Report of cholera committee
Disease focus: Cholera
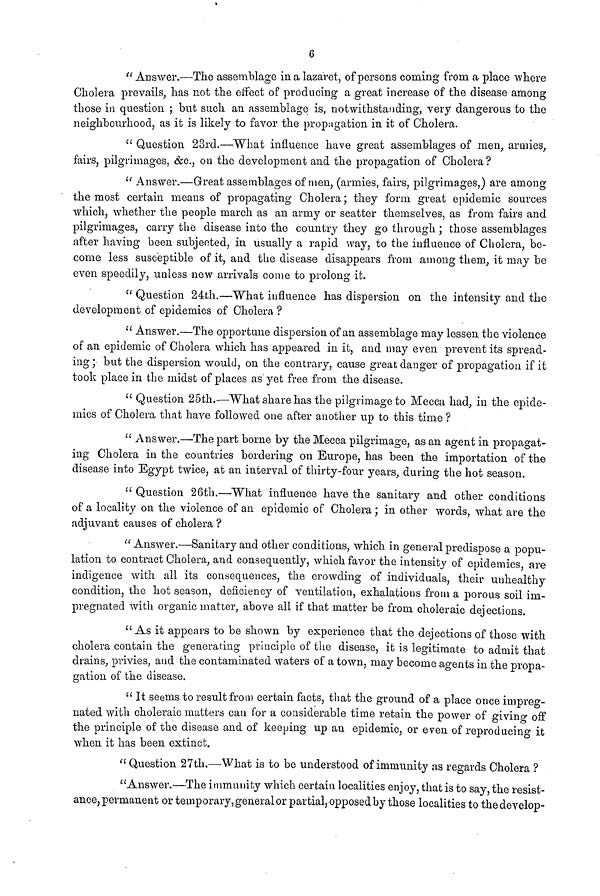
6
" Answer.—The assemblage in a lazaret, of persons coming from a place where
Cholera prevails, has not the effect of producing a great increase of the disease among
those in question ; but such an assemblage is, notwithstanding, very dangerous to the
neighbourhood, as it is likely to favor the propagation in it of Cholera.
" Question 23rd.—What influence have great assemblages of men, armies,
fairs, pilgrimages, &c, on the development and the propagation of Cholera ?
" Answer.—Great assemblages of men, (armies, fairs, pilgrimages,) are among
the most certain means of propagating Cholera ; they form great epidemic sources
which, whether the people march as an army or scatter themselves, as from fairs and
pilgrimages, carry the disease into the country they go through ; those assemblages
after having been subjected, in usually a rapid way, to the influence of Cholera, be-
come less susceptible of it, and the disease disappears from among them, it may be
even speedily, unless new arrivals come to prolong it.
" Question 24th.—What influence has dispersion on the intensity and the
development of epidemics of Cholera ?
" Answer.—The opportune dispersion of an assemblage may lessen the violence
of an epidemic of Cholera which has appeared in it, and may even prevent its spread-
ing ; but the dispersion would, on the contrary, cause great danger of propagation if it
took place in the midst of places as yet free from the disease.
" Question 25th.—What share has the pilgrimage to Mecca had, in the epide-
mics of Cholera that have followed one after another up to this time ?
" Answer.—The part borne by the Mecca pilgrimage, as an agent in propagat-
ing Cholera in the countries bordering on Europe, has been the importation of the
disease into Egypt twice, at an interval of thirty-four years, during the hot season.
" Question 26th.—What influence have the sanitary and other conditions
of a locality on the violence of an epidemic of Cholera ; in other words, what are the
adjuvant causes of cholera ?
" Answer.—Sanitary and other conditions, which in general predispose a popu-
lation to contract Cholera, and consequently, which favor the intensity of epidemics are
indigence with all its consequences, the crowding of individuals, their unhealthy
condition, the hot season, deficiency of ventilation, exhalations from a porous soil im-
pregnated with organic matter, above all if that matter be from choleraic dejections.
"As it appears to be shown by experience that the dejections of those with
cholera contain the generating principle of the disease, it is legitimate to admit that
drains, privies, and the contaminated waters of a town, may become agents in the propa-
gation of the disease.
" It seems to result from certain facts, that the ground of a place once impreg-
nated with choleraic matters can for a considerable time retain the power of giving off
the principle of the disease and of keeping up an epidemic, or even of reproducing it
when it has been extinct.
" Question 27th.—What is to be understood of immunity as regards Cholera ?
"Answer.—The immunity which certain localities enjoy, that is to say, the resist-
ance, permanent or temporary, general or partial, opposed by those localities to the develop-